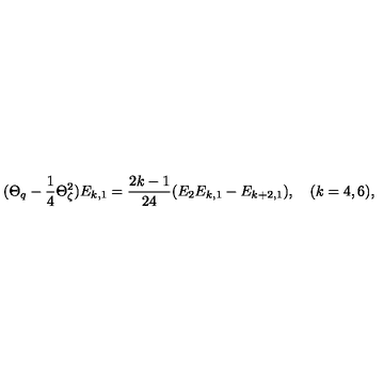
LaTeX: ( \Theta _ { q } - \frac { 1 } { 4 } \Theta _ { \zeta } ^ { 2 } ) E _ { k , 1 } = \frac { 2 k - 1 } { 2 4 } ( E _ { 2 } E _ { k , 1 } - E _ { k + 2 , 1 } ) , \quad ( k = 4 , 6 ) ,